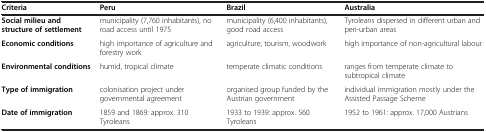
<table><thead><tr><td><b>Criteria</b></td><td><b>Peru</b></td><td><b>Brazil</b></td><td><b>Australia</b></td></tr></thead><tbody><tr><td><b>Social milieu and structure of settlement</b></td><td>municipality (7,760 inhabitants), no road access until 1975</td><td>municipality (6,400 inhabitants), good road access</td><td>Tyroleans dispersed in different urban and peri-urban areas</td></tr><tr><td><b>Economic conditions</b></td><td>high importance of agriculture and forestry work</td><td>agriculture, tourism, woodwork</td><td>high importance of non-agricultural labour</td></tr><tr><td><b>Environmental conditions</b></td><td>humid, tropical climate</td><td>temperate climatic conditions</td><td>ranges from temperate climate to subtropical climate</td></tr><tr><td><b>Type of immigration</b></td><td>colonisation project under governmental agreement</td><td>organised group funded by the Austrian government</td><td>individual immigration mostly under the Assisted Passage Scheme</td></tr><tr><td><b>Date of immigration</b></td><td>1859 and 1869: approx. 310 Tyroleans</td><td>1933 to 1939: approx. 560 Tyroleans</td><td>1952 to 1961: approx. 17,000 Austrians</td></tr></tbody></table>